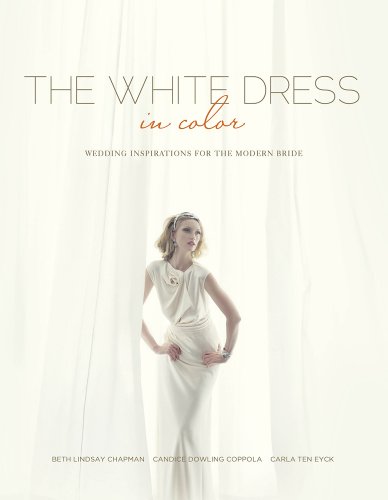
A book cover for The White Dress in Color: Wedding Inspirations for the Modern Bride; Beth Lindsay Chapman; Crafts, Hobbies & Home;